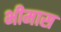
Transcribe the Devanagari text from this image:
भीमास